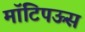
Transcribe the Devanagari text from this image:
मॉटिपऊस